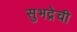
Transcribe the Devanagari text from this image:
सुभद्रेची